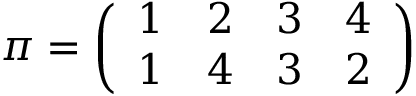
\pi = { \left( \begin{array} { l l l l } { 1 } & { 2 } & { 3 } & { 4 } \\ { 1 } & { 4 } & { 3 } & { 2 } \end{array} \right) }